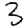
Digit: 3